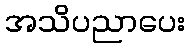
အသိပညာပေး